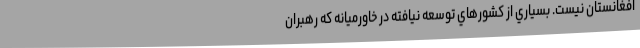
افغانستان نيست. بسياري از كشورهاي توسعه نيافته در خاورميانه كه رهبران